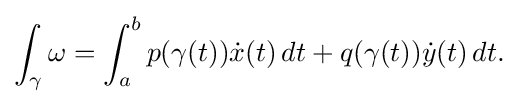
\displaystyle {\int _{\gamma }\omega =\int _{a}^{b}p(\gamma (t)){\dot {x}}(t)\,dt+q(\gamma (t)){\dot {y}}(t)\,dt.}